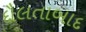
દૌલતાબાદ